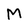
Character: M